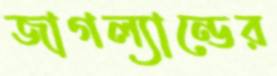
জাগল্যান্ডের